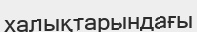
халықтарындағы